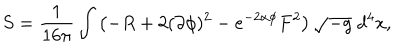
LaTeX: S = \frac { 1 } { 1 6 \pi } \int \left( - R + 2 ( \partial \phi ) ^ { 2 } - e ^ { - 2 \alpha \phi } F ^ { 2 } \right) \sqrt { - g } \; d ^ { 4 } x ,